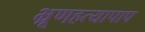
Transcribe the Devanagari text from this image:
भ्रूणहत्यापाप